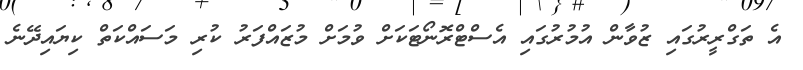
އެ ތަގްރީރުގައި ޒުވާން އުމުރުގައި އެސްޓްރޮނޯޓަކަށް ވުމަށް މުޒައްފަރު ކުރި މަސައްކަތް ކިޔައިދޭނެ